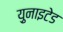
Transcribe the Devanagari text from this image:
य़ुनाइटेड